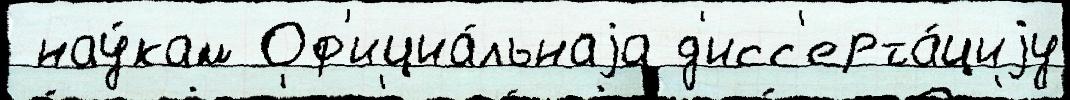
 нау́кам Оф'ициа́льнаjа д'исс'ерта́циjу